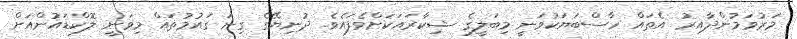
މަރުވަމުންދާއިރު އެތައް ހާސްބަޔަކުވަނީ މިބަލީގެ ޝިކާރައަކަށްވެފައެވެ. ދުނިޔޭގެ ގިނަ ގައުމުތައް މިވަނީ ލޮކްޑައުންއަށް